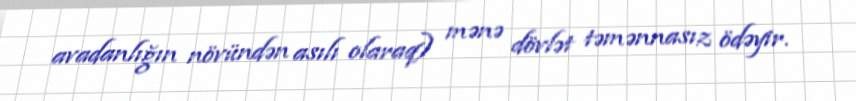
avadanlığın növündən asılı olaraq) mənə dövlət təmənnasız ödəyir.